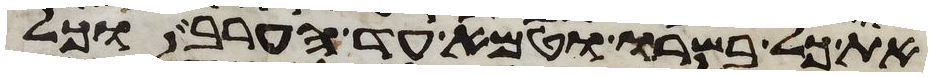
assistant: את כל בשרו וטמא עד הערב וכל